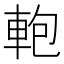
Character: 軳